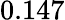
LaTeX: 0.147